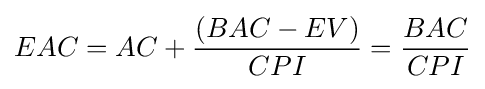
{\begin{aligned}EAC=AC+{(BAC-EV) \over CPI}={BAC \over CPI}\end{aligned}}